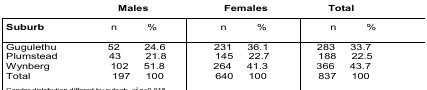
|  | <COLSPAN=2> Males | <COLSPAN=2> Females | <COLSPAN=2> Total |
 | Suburb | n | % | n | % | n | % |
 | --- | --- | --- | --- | --- | --- | --- |
 | Gugulethu | 52 | 24.6 | 231 | 36.1 | 283 | 33.7 |
 | Plumstead | 43 | 21.8 | 145 | 22.7 | 188 | 22.5 |
 | Wynberg | 102 | 51.8 | 264 | 41.3 | 366 | 43.7 |
 | Total | 197 | 100 | 640 | 100 | 837 | 100 |